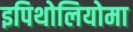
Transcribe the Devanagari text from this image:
इपिथोलियोमा